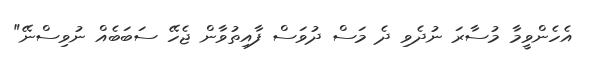
އެހެންވީމާ މުސާރަ ނުދެވި ދެ މަސް ދުވަސް ފާއިތުވާން ޖެހޭ ސަބަބެއް ނުވިސްނޭ"